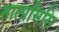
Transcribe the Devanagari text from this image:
मालासिसि